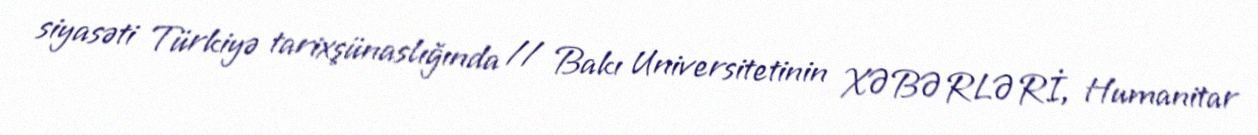
siyasəti Türkiyə tarixşünaslığında // Bakı Universitetinin XƏBƏRLƏRİ, Humanitar